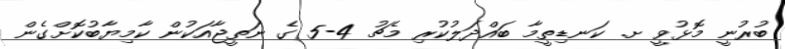
ބުރުނީ މޮޅުވީ ށ. ކަނޑިތީމާ ބައްދަލުކުރި މެޗު 4-5 ގެ ނަތީޖާއަކުން ކާމިޔާބުކޮށްގެން